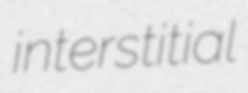
interstitial